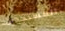
المستجدين